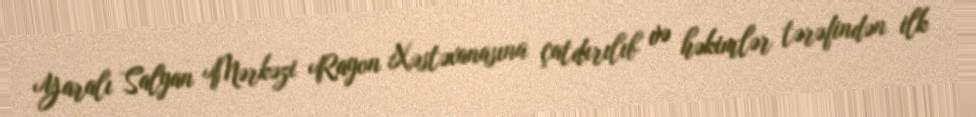
Yaralı Salyan Mərkəzi Rayon Xəstəxanasına çatdırılıb və həkimlər tərəfindən ilk